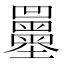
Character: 𡔌